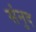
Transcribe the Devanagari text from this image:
संनुद